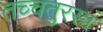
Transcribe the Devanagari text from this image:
तच्चतुरस्त्रं